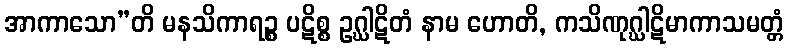
အာကာသော”တိ မနသိကာရဉ္စ ပဋိစ္စ ဥဂ္ဃါဋိတံ နာမ ဟောတိ, ကသိဏုဂ္ဃါဋိမာကာသမတ္တံ